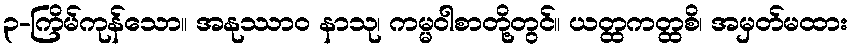
၃-ကြိမ်ကုန်သော။ အနုဿာဝ နာသု၊ ကမ္မဝါစာတို့တွင်။ ယတ္ထကတ္ထစိ၊ အမှတ်မထား